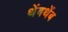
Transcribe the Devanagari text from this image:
थेंबथेंब